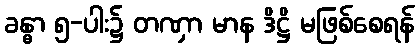
ခန္ဓာ ၅-ပါး၌ တဏှာ မာန ဒိဋ္ဌိ မဖြစ်စေရန်